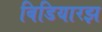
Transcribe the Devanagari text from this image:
बिडियारझ